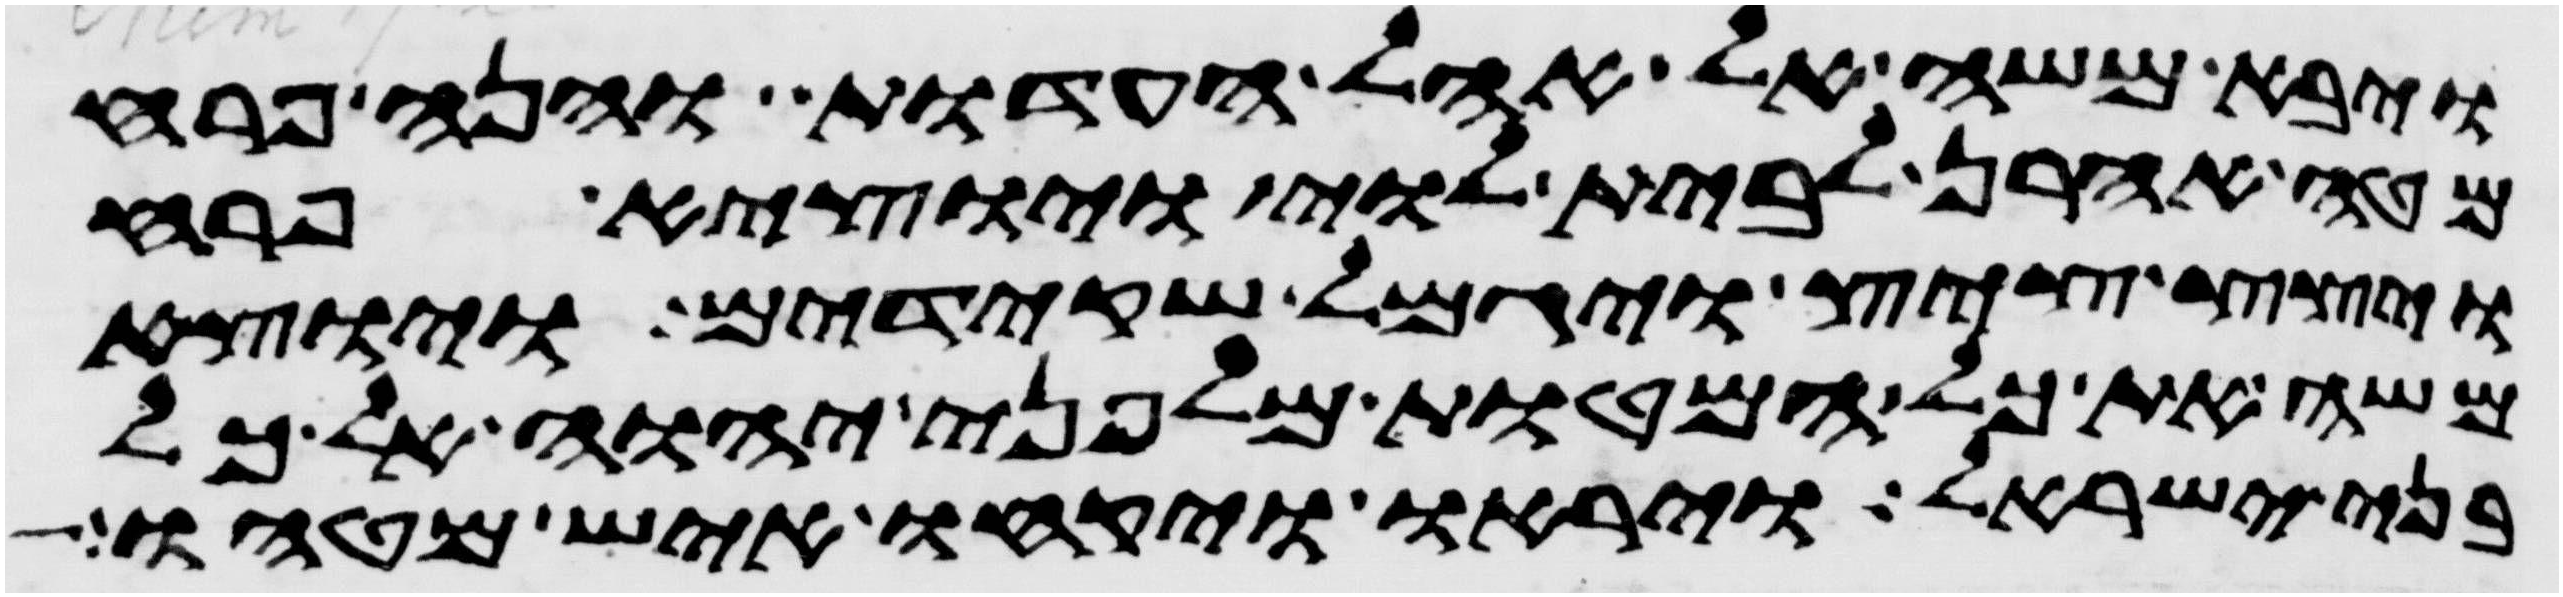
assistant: ויבא משה אל אהל העדות והנה פרח
מטה אהרן לבית לוי ויוצא פרח
ויצץ ציץ ויגמל שקידים ויוצא
משה את כל המטות מלפני יהוה אל כל
בני ישראל ויראו ויקחו איש מטהו